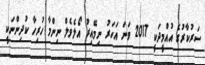
ސަރުކާރުގެ އުއްމީދަކީ 2017 ވަނަ އަހަރު ނިމޭއިރު އޯލެވެލް ނިންމާ ހުރިހާ ކުދިންނަކީ